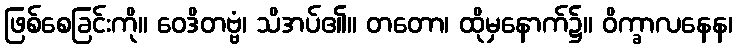
ဖြစ်စေခြင်းကို။ ဝေဒိတဗ္ဗံ၊ သိအပ်၏။ တတော၊ ထိုမှနောက်၌။ ဝိက္ခာလနေန၊